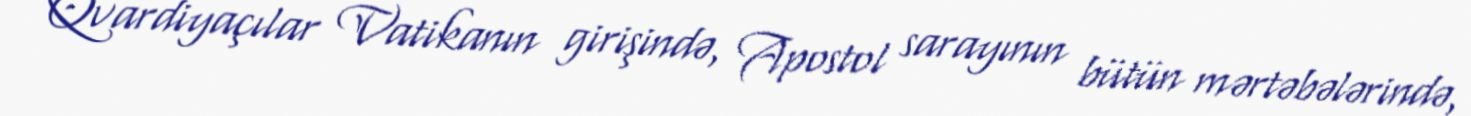
Qvardiyaçılar Vatikanın girişində, Apostol sarayının bütün mərtəbələrində,